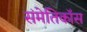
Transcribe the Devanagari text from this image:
संमेतिकॉस